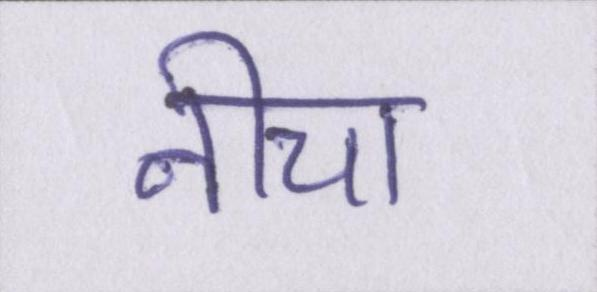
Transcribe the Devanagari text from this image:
नीचा